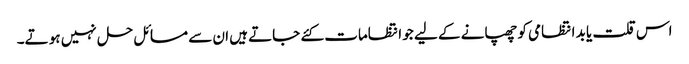
اس قلت یا بد انتظامی کو چھپانے کے لیے جو انتظامات کئے جاتے ہیں ان سے مسائل حل نہیں ہو تے۔